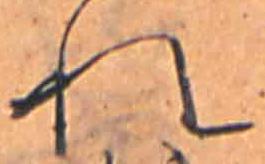
れ